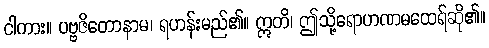
ငါကား။ ပဗ္ဗဇိတောနာမ၊ ရဟန်းမည်၏။ ဣတိ၊ ဤသို့ရောဟဏမထေရ်ဆို၏။